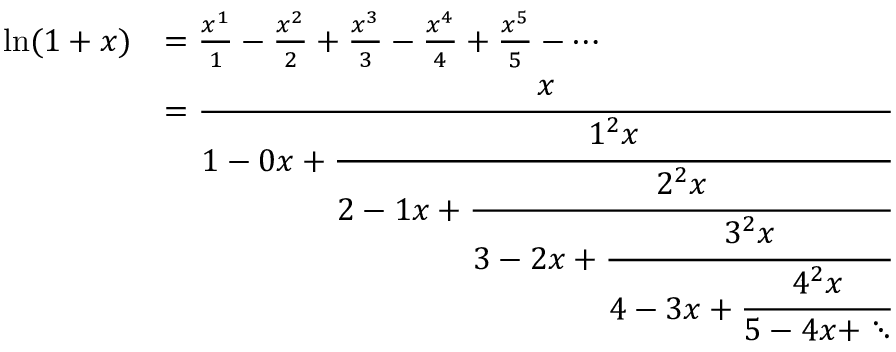
{ \begin{array} { r l } { \ln ( 1 + x ) } & { = { \frac { x ^ { 1 } } { 1 } } - { \frac { x ^ { 2 } } { 2 } } + { \frac { x ^ { 3 } } { 3 } } - { \frac { x ^ { 4 } } { 4 } } + { \frac { x ^ { 5 } } { 5 } } - \cdots } \\ & { = { \cfrac { x } { 1 - 0 x + { \cfrac { 1 ^ { 2 } x } { 2 - 1 x + { \cfrac { 2 ^ { 2 } x } { 3 - 2 x + { \cfrac { 3 ^ { 2 } x } { 4 - 3 x + { \cfrac { 4 ^ { 2 } x } { 5 - 4 x + \ddots } } } } } } } } } } } \end{array} }